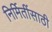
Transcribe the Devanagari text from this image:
निर्मितींसाठी